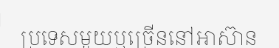
ប្រទេសមួយឬច្រើននៅអាស៊ាន